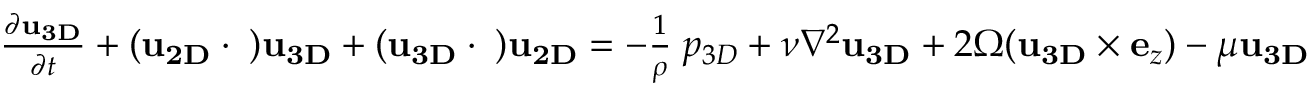
\begin{array} { r } { \frac { \partial { \bf u } _ { \bf 3 D } } { \partial t } + ( { \bf u } _ { \bf 2 D } \cdot { \bf \nabla } ) { \bf u } _ { \bf 3 D } + ( { \bf u } _ { \bf 3 D } \cdot { \bf \nabla } ) { \bf u } _ { \bf 2 D } = - \frac { 1 } { \rho } { \bf \nabla } p _ { 3 D } + \nu \nabla ^ { 2 } { \bf u } _ { \bf 3 D } + 2 \Omega ( { \bf u } _ { \bf 3 D } \times { \bf e } _ { z } ) - \mu { \bf u } _ { \bf 3 D } } \end{array}